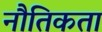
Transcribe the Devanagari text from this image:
नौतिकता